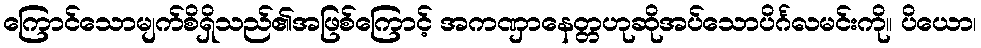
ကြောင်သောမျက်စိရှိသည်၏အဖြစ်ကြောင့် အကဏှာနေတ္တဟုဆိုအပ်သောပိင်္ဂလမင်းကို။ ပိယော၊